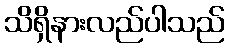
သိရှိနားလည်ပါသည်